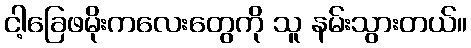
ငါ့ခြေဖမိုးကလေးတွေကို သူ နမ်းသွားတယ်။